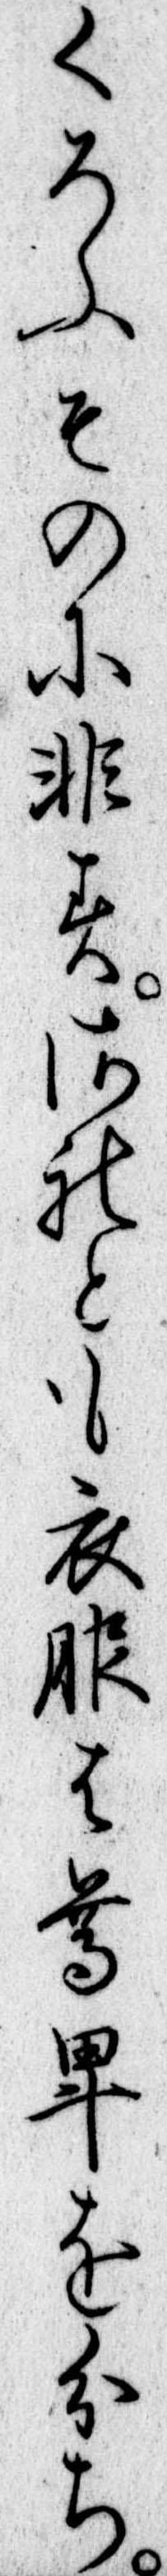
くろふものに非すされとも衣服は尊卑を分ち